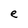
Character: e